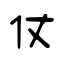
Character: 仗